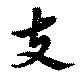
夫